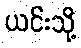
ယင်းသို့